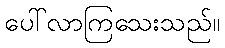
ပေါ်လာကြသေးသည်။